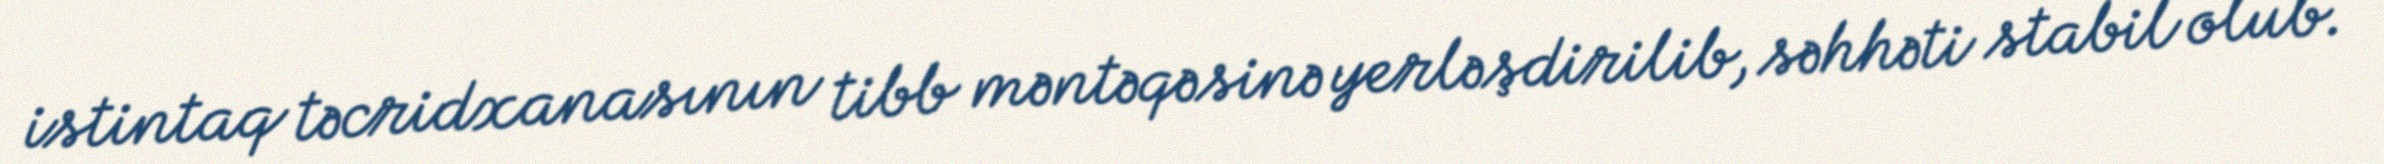
istintaq təcridxanasının tibb məntəqəsinə yerləşdirilib, səhhəti stabil olub.